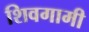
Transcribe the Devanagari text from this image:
शिवगामी